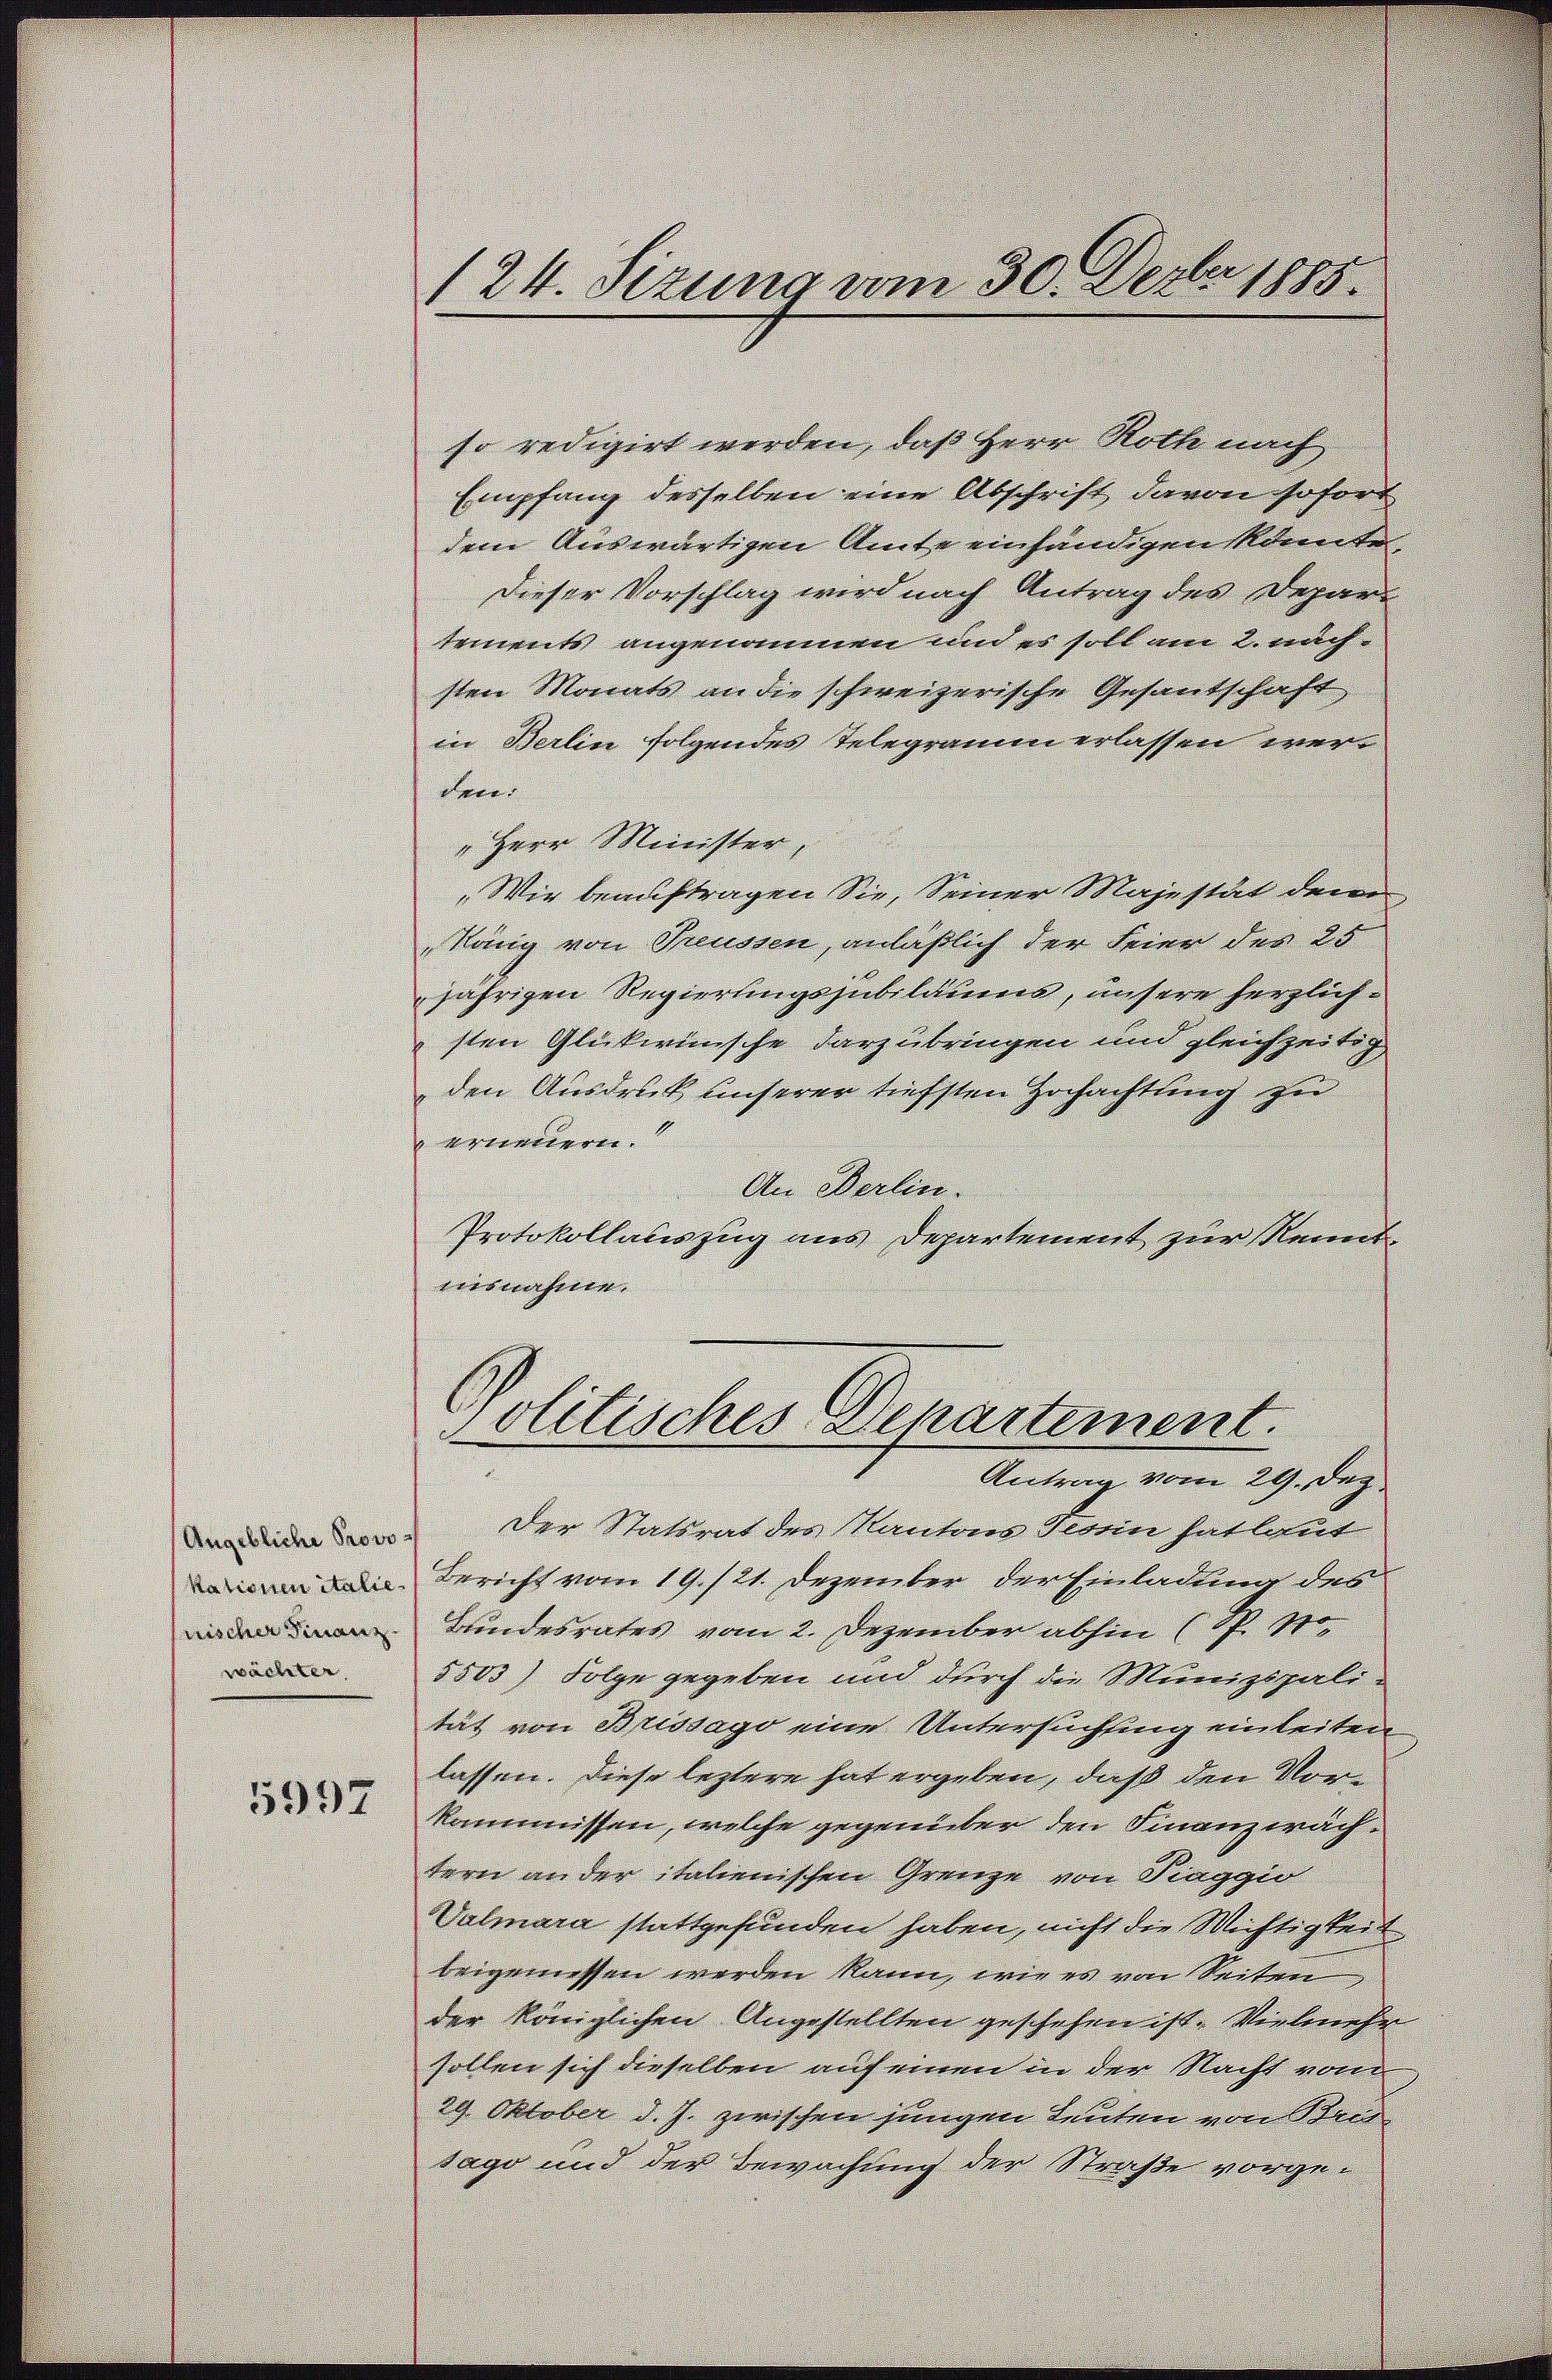
Angebliche Provo
wächelen |
5997

so redigirt werden, daß Herr Roth nach
Empfang derselben eine Abschrift davon sofort
dem Auswärtigen Amte einhändigen könnte.
dieser Vorschlag wird nach Antrag des Depar
tements angenommen und es soll am 2. nachsten Monats an die schweizerische Gesantschaft
in Berlin folgendes Telegramm erlassen werr
"Herr Minister,
Wir beauftragen Sie, Seiner Majestät dem
Köng von Treussen, anläßlich der Feier der 25
jährigen Regierungsjubildums, unsere herzlichsten Glückwünsche darzubringen und gleichzeitig
den Ausdruck unserer tiefsten Hochachtung zu
erneuern.
An Berlin.
Protokollauszug aus Departement zur Kenntdesnahmen. |
olitisches Departement.
Antrag vom 29. Dep
Der Statsrat des Kantons Tessin hat laut
m den Bericht vom 19. 121. Dezember der Einladung des
 Bundesrates vom 2. Dezember abhin (S. 10.
5503) Folge gegeben und durch die Munizipalitat von Brissago eine Untersuchtung einleiten
lassen. Diese leztere hat ergeben, daß den Vorkommissen, welche gegenüber den Finanzwachtern ander italienischen Grenze von Traggio
Valmara stattgefunden haben, nicht die Wichtigkeit
beigemessen werden kann, wie es von Seiten
der Königlichen Angestellten geschehen ist. Vielmehr
sollen sich dieselben auf einen in der Nacht vom
29. Oktober d. J. zwischen jungen Leuten von Bri
sago und der Bewachung der Straße vorge¬

124. Sizung vom 30. Dezbr. 1885.